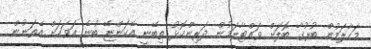
މަހާލަމުން ބުރުގާ ބޮލަށް ވައްޓާލަމުން ދަރިންކޮޅު ތިބޭނީ އެކަންޏޭ ބުނެ އަވަހަށް އެތަނުން